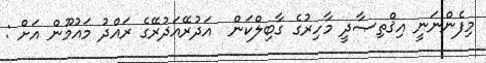
މިފެންނަނީ އިޤްތިޞާދީ މާހިރުގެ ގާބިލްކަން  އަދުރޭއަދުރޭގެ ރައްދު މައުމޫން އަށް :